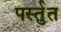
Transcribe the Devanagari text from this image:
पर्स्तुत